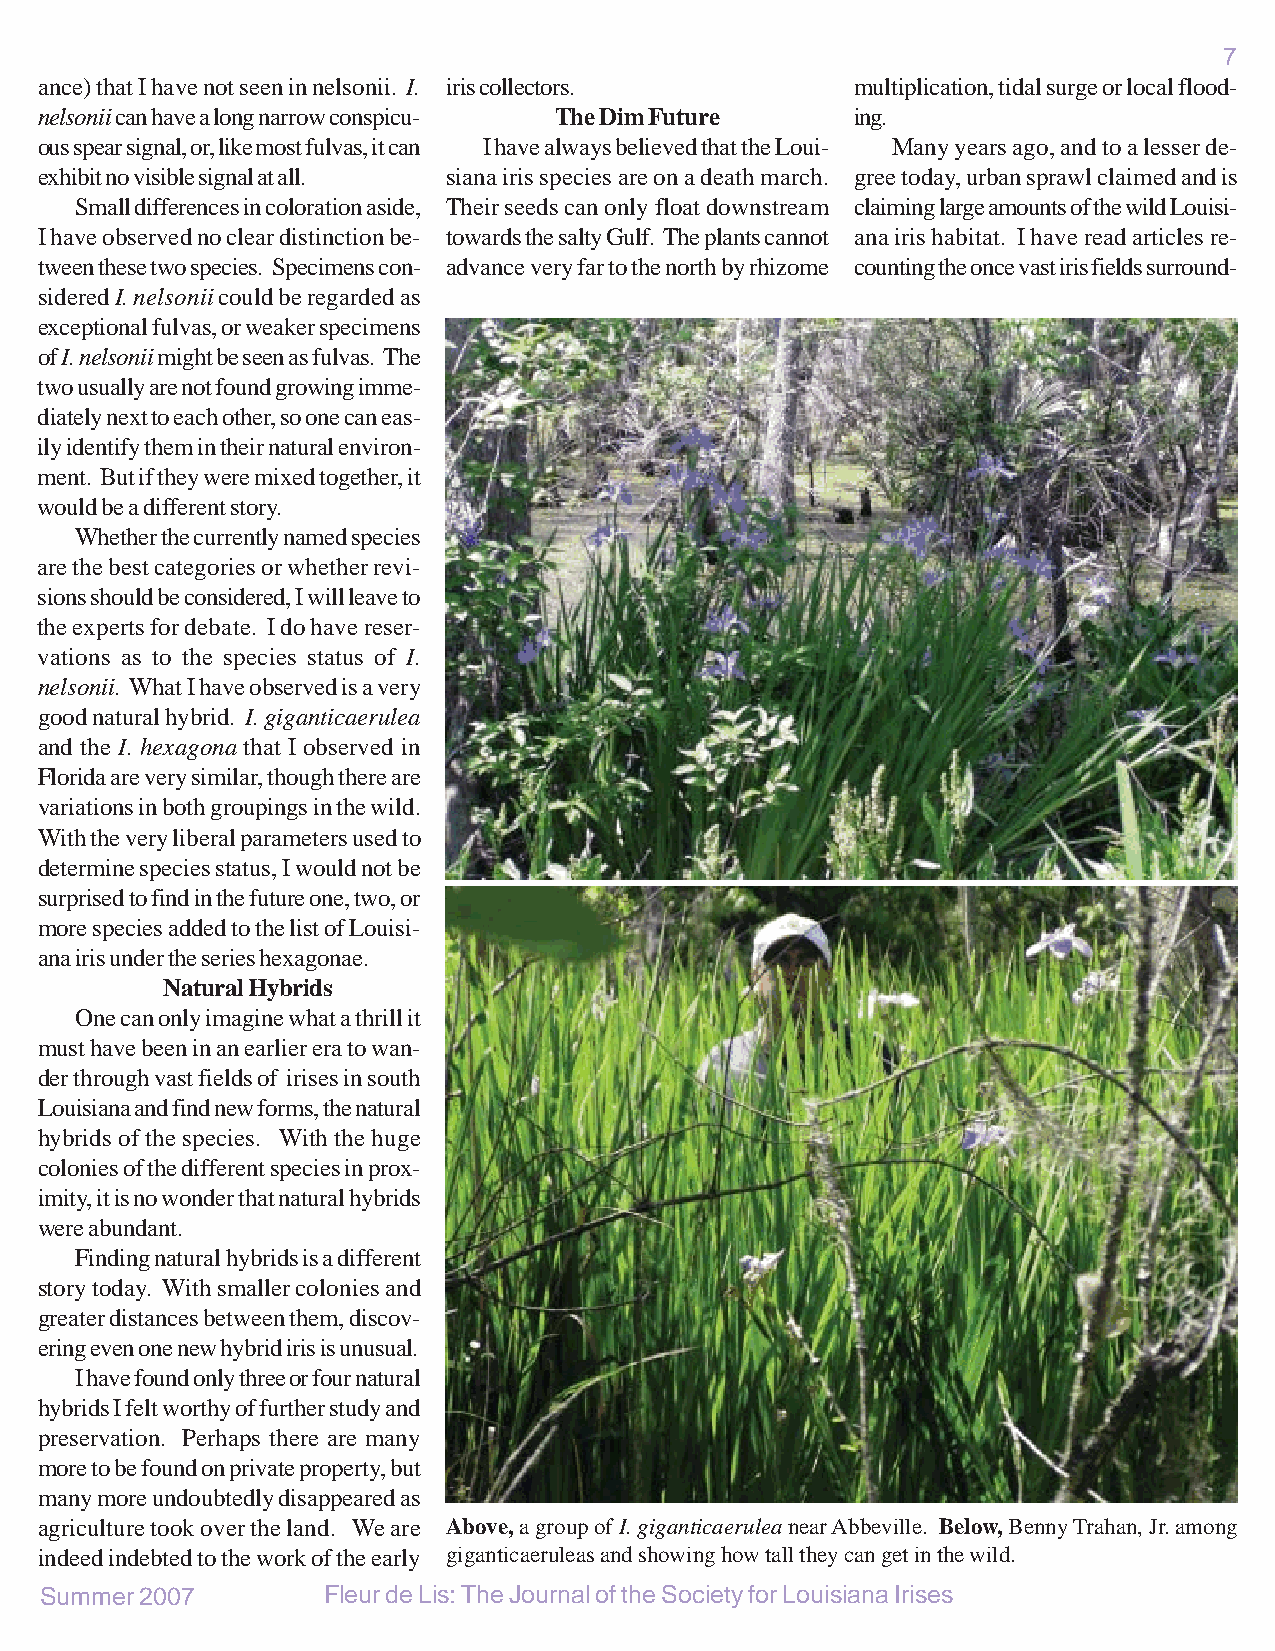
7
 ance) that I have not seen in nelsonii. I. iris collectors. multiplication, tidal surge or local flood-
 nelsonii can have a long narrow conspicu- The Dim Future ing.
 ous spear signal, or, like most fulvas, it can I have always believed that the Loui- Many years ago, and to a lesser de-
 exhibit no visible signal at all. siana iris species are on a death march. gree today, urban sprawl claimed and is
 Small differences in coloration aside, Their seeds can only float downstream claiming large amounts of the wild Louisi-
 I have observed no clear distinction be- towards the salty Gulf. The plants cannot ana iris habitat. I have read articles re-
 tween these two species. Specimens con- advance very far to the north by rhizome counting the once vast iris fields surround-
 sidered I. nelsonii could be regarded as
 exceptional fulvas, or weaker specimens
 of I. nelsonii might be seen as fulvas. The
 two usually are not found growing imme-
 diately next to each other, so one can eas-
 ily identify them in their natural environ-
 ment. But if they were mixed together, it
 would be a different story.
 Whether the currently named species
 are the best categories or whether revi-
 sions should be considered, I will leave to
 the experts for debate. I do have reser-
 vations as to the species status of I.
 nelsonii. What I have observed is a very
 good natural hybrid. I. giganticaerulea
 and the I. hexagona that I observed in
 Florida are very similar, though there are
 variations in both groupings in the wild.
 With the very liberal parameters used to
 determine species status, I would not be
 surprised to find in the future one, two, or
 more species added to the list of Louisi-
 ana iris under the series hexagonae.
 Natural Hybrids
 One can only imagine what a thrill it
 must have been in an earlier era to wan-
 der through vast fields of irises in south
 Louisiana and find new forms, the natural
 hybrids of the species. With the huge
 colonies of the different species in prox-
 imity, it is no wonder that natural hybrids
 were abundant.
 Finding natural hybrids is a different
 story today. With smaller colonies and
 greater distances between them, discov-
 ering even one new hybrid iris is unusual.
 I have found only three or four natural
 hybrids I felt worthy of further study and
 preservation. Perhaps there are many
 more to be found on private property, but
 many more undoubtedly disappeared as
 agriculture took over the land. We are Above, a group of I. giganticaerulea near Abbeville. Below, Benny Trahan, Jr. among
 indeed indebted to the work of the early giganticaeruleas and showing how tall they can get in the wild.
 Summer 2007       Fleur de Lis: The Journal of the Society for Louisiana Irises